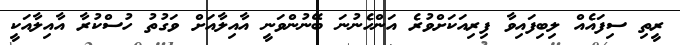
ރީތި ސިފައެއް ލިބިފައިވާ ފިރިއަކަށްވުރެ އަންހެނުނަ ބޭނުންވަނީ އާއިލާއަށް ވަގުތު ހުސްކުރާ އާއިލާއަކީ